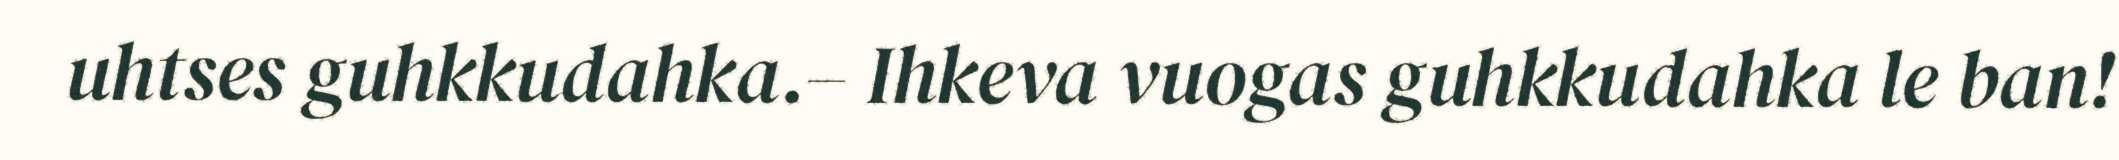
uhtses guhkkudahka.– Ihkeva vuogas guhkkudahka le ban!